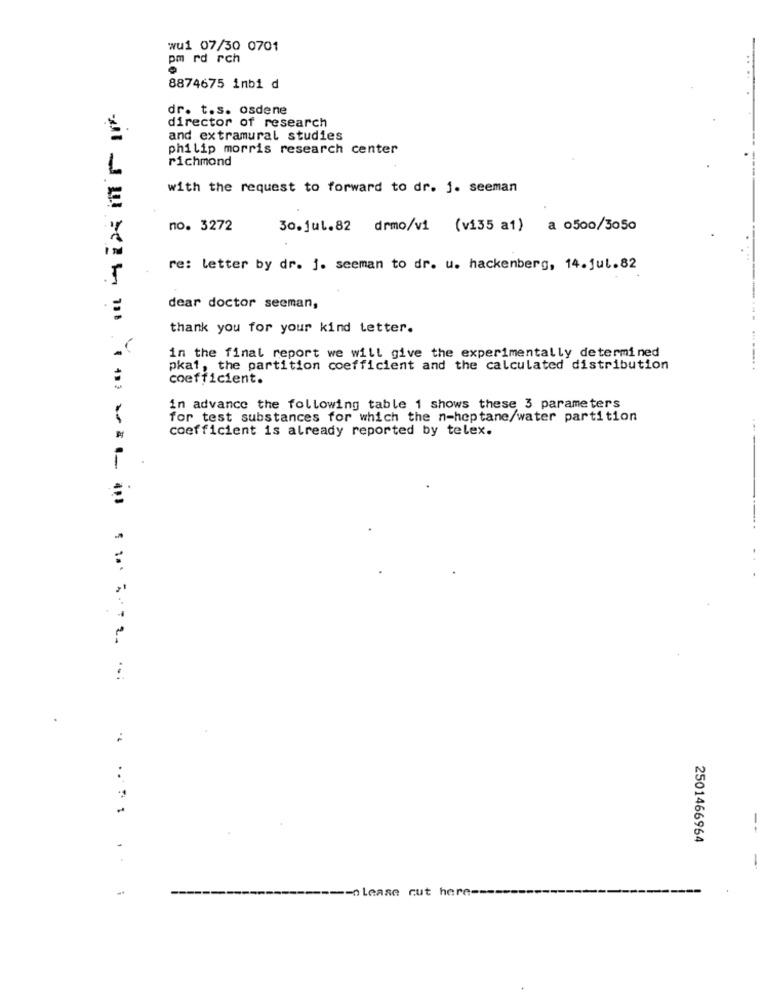
wu1 07/30 0701
pm rd rch
8874675 imbi d
dr. t.s. osdene
director of research
and extramural studies
philip morris research center
richmond
with the request to forward to dr. j. seeman
no. 3272
30.jul.82 drmo/vi (v135 a1) a 0500/3050
re: letter by dr. j. seeman to dr. u. hackenberg, 14.jul.82
dear doctor seeman,
thank you for your kind tetter.
in the final report we will give the experimentally determined
pka1, the partition coefficient and the calculated distribution
.-...
coefficient.
in advance the following table 1 shows these 3 parameters
for test substances for which the n-heptane/water partition
coefficient is already reported by telex.
-
.
:
2501466964
------------------ lease cut here ----